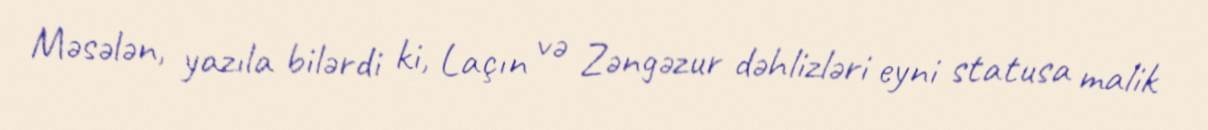
Məsələn, yazıla bilərdi ki, Laçın və Zəngəzur dəhlizləri eyni statusa malik